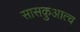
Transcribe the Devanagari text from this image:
सासक़ुआत्च